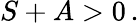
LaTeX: S+A>0\, .